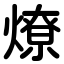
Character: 燎